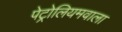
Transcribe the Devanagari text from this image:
पेट्रोलियमवाला